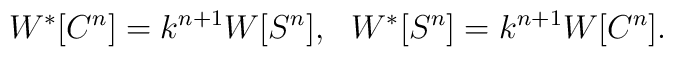
W^* [C^{n}] = k^{n+1} W[S^{n}], ~~W^* [S^{n}] = k^{n+1} W[C^{n}].